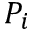
P _ { i }